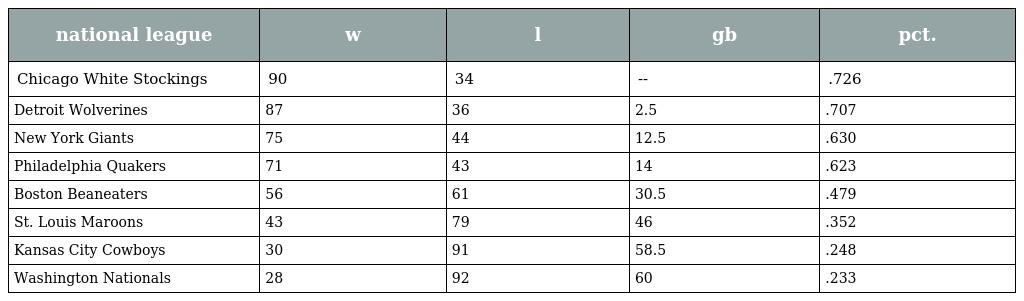
| national league | w | l | gb | pct. |
 | --- | --- | --- | --- | --- |
 | Chicago White Stockings | 90 | 34 | -- | .726 |
 | Detroit Wolverines | 87 | 36 | 2.5 | .707 |
 | New York Giants | 75 | 44 | 12.5 | .630 |
 | Philadelphia Quakers | 71 | 43 | 14 | .623 |
 | Boston Beaneaters | 56 | 61 | 30.5 | .479 |
 | St. Louis Maroons | 43 | 79 | 46 | .352 |
 | Kansas City Cowboys | 30 | 91 | 58.5 | .248 |
 | Washington Nationals | 28 | 92 | 60 | .233 |